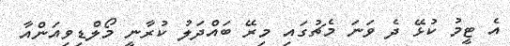
އެ ޓީމު ކުޅޭ ދެ ވަނަ މެޗުގައި މިރޭ ބައްދަލު ކުރާނީ މޯލްޑިވިއަންއާ